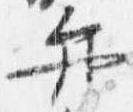
弁